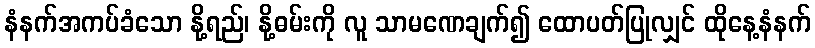
နံနက်အကပ်ခံသော နို့ရည်၊ နို့ဓမ်းကို လူ သာမဏေချက်၍ ထောပတ်ပြုလျှင် ထိုနေ့နံနက်